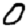
Digit: 0